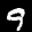
Label: 9